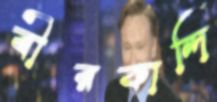
বীরকান্দি